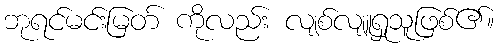
ဘုရင်မင်းမြတ် ကိုလည်း လျစ်လျူရှုသူဖြစ်၏။